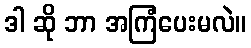
ဒါ ဆို ဘာ အကြံပေးမလဲ။